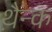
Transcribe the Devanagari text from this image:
थ़ैन्क